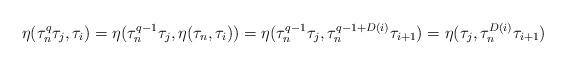
LaTeX: \begin{align*}\eta(\tau_n^q\tau_j, \tau_i)=\eta(\tau_n^{q-1}\tau_j, \eta(\tau_n,\tau_i))=\eta(\tau_n^{q-1}\tau_j,\tau_n^{q-1+D(i)}\tau_{i+1})=\eta(\tau_j,\tau_n^{D(i)}\tau_{i+1})\end{align*}